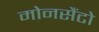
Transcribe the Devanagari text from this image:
मोनसैंटो